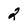
Character: 2